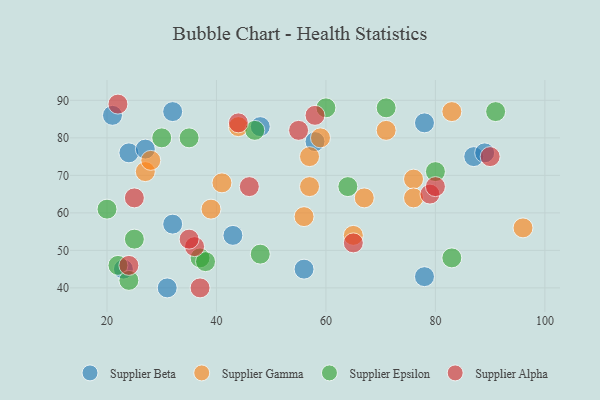
{"axis": {"x": "GDP", "y": "Life Expectancy"}, "legend": ["Supplier Alpha", "Supplier Beta", "Supplier Epsilon", "Supplier Gamma"], "data": [{"x": "78", "y": 84, "type": "Supplier Beta"}, {"x": "32", "y": 87, "type": "Supplier Beta"}, {"x": "87", "y": 75, "type": "Supplier Beta"}, {"x": "24", "y": 76, "type": "Supplier Beta"}, {"x": "89", "y": 76, "type": "Supplier Beta"}, {"x": "43", "y": 54, "type": "Supplier Beta"}, {"x": "48", "y": 83, "type": "Supplier Beta"}, {"x": "31", "y": 40, "type": "Supplier Beta"}, {"x": "23", "y": 45, "type": "Supplier Beta"}, {"x": "78", "y": 43, "type": "Supplier Beta"}, {"x": "58", "y": 79, "type": "Supplier Beta"}, {"x": "56", "y": 45, "type": "Supplier Beta"}, {"x": "32", "y": 57, "type": "Supplier Beta"}, {"x": "27", "y": 77, "type": "Supplier Beta"}, {"x": "21", "y": 86, "type": "Supplier Beta"}, {"x": "65", "y": 54, "type": "Supplier Gamma"}, {"x": "57", "y": 75, "type": "Supplier Gamma"}, {"x": "27", "y": 71, "type": "Supplier Gamma"}, {"x": "41", "y": 68, "type": "Supplier Gamma"}, {"x": "28", "y": 74, "type": "Supplier Gamma"}, {"x": "39", "y": 61, "type": "Supplier Gamma"}, {"x": "76", "y": 69, "type": "Supplier Gamma"}, {"x": "59", "y": 80, "type": "Supplier Gamma"}, {"x": "56", "y": 59, "type": "Supplier Gamma"}, {"x": "83", "y": 87, "type": "Supplier Gamma"}, {"x": "96", "y": 56, "type": "Supplier Gamma"}, {"x": "71", "y": 82, "type": "Supplier Gamma"}, {"x": "67", "y": 64, "type": "Supplier Gamma"}, {"x": "76", "y": 64, "type": "Supplier Gamma"}, {"x": "57", "y": 67, "type": "Supplier Gamma"}, {"x": "44", "y": 83, "type": "Supplier Gamma"}, {"x": "64", "y": 67, "type": "Supplier Epsilon"}, {"x": "25", "y": 53, "type": "Supplier Epsilon"}, {"x": "71", "y": 88, "type": "Supplier Epsilon"}, {"x": "83", "y": 48, "type": "Supplier Epsilon"}, {"x": "22", "y": 46, "type": "Supplier Epsilon"}, {"x": "20", "y": 61, "type": "Supplier Epsilon"}, {"x": "80", "y": 71, "type": "Supplier Epsilon"}, {"x": "24", "y": 42, "type": "Supplier Epsilon"}, {"x": "30", "y": 80, "type": "Supplier Epsilon"}, {"x": "35", "y": 80, "type": "Supplier Epsilon"}, {"x": "37", "y": 48, "type": "Supplier Epsilon"}, {"x": "38", "y": 47, "type": "Supplier Epsilon"}, {"x": "47", "y": 82, "type": "Supplier Epsilon"}, {"x": "60", "y": 88, "type": "Supplier Epsilon"}, {"x": "48", "y": 49, "type": "Supplier Epsilon"}, {"x": "91", "y": 87, "type": "Supplier Epsilon"}, {"x": "46", "y": 67, "type": "Supplier Alpha"}, {"x": "58", "y": 86, "type": "Supplier Alpha"}, {"x": "36", "y": 51, "type": "Supplier Alpha"}, {"x": "65", "y": 52, "type": "Supplier Alpha"}, {"x": "22", "y": 89, "type": "Supplier Alpha"}, {"x": "55", "y": 82, "type": "Supplier Alpha"}, {"x": "35", "y": 53, "type": "Supplier Alpha"}, {"x": "25", "y": 64, "type": "Supplier Alpha"}, {"x": "24", "y": 46, "type": "Supplier Alpha"}, {"x": "44", "y": 84, "type": "Supplier Alpha"}, {"x": "79", "y": 65, "type": "Supplier Alpha"}, {"x": "90", "y": 75, "type": "Supplier Alpha"}, {"x": "37", "y": 40, "type": "Supplier Alpha"}, {"x": "80", "y": 67, "type": "Supplier Alpha"}]}